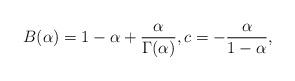
LaTeX: \begin{align*}B(\alpha)=1-\alpha +\frac{\alpha }{\Gamma (\alpha )},c = -\frac{\alpha}{1-\alpha},\end{align*}